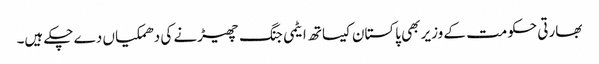
بھارتی حکومت کے وزیر بھی پاکستان کیساتھ ایٹمی جنگ چھیڑنے کی دھمکیاں دے چکے ہیں۔